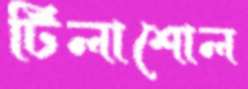
টিলাশোল